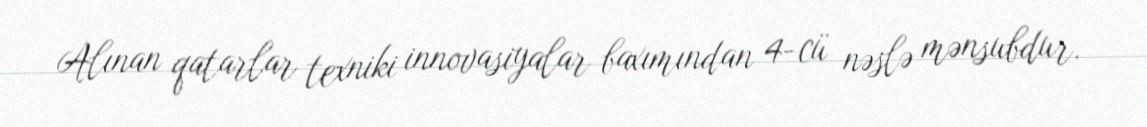
Alınan qatarlar texniki innovasiyalar baxımından 4-cü nəslə mənsubdur.